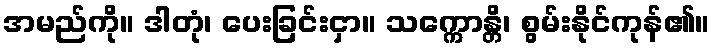
အမည်ကို။ ဒါတုံ၊ ပေးခြင်းငှာ။ သက္ကောန္တိ၊ စွမ်းနိုင်ကုန်၏။